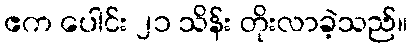
ဧက ပေါင်း ၂၁ သိန်း တိုးလာခဲ့သည်။